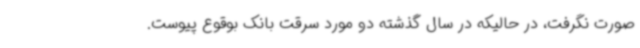
صورت نگرفت، در حالیکه در سال گذشته دو مورد سرقت بانک بوقوع پیوست.